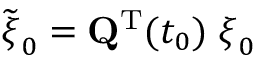
\widetilde { { \boldsymbol \xi } } _ { 0 } = { \mathbf Q } ^ { { \mathrm T } } ( t _ { 0 } ) \; { \boldsymbol \xi } _ { 0 }